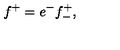
f ^ { + } = e ^ { - } f _ { - } ^ { + } , \qquad